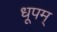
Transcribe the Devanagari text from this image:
धूपम्‌